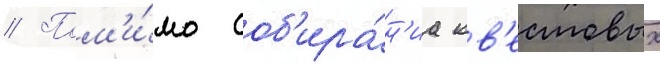
// Пом'и́мо соб'ира́н'иа кв'естовых